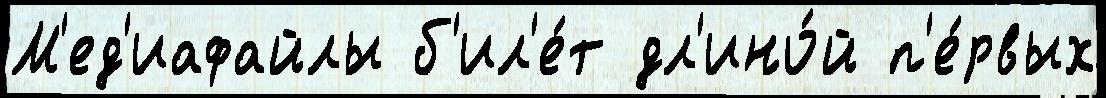
М'ед'иафайлы б'ил'е́т дл'ино́й п'е́рвых